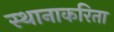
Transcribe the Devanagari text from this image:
स्थानाकरिता